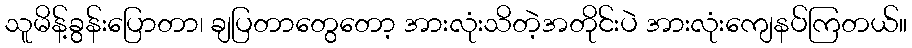
သူမိန့်ခွန်းပြောတာ၊ ချပြတာတွေတော့ အားလုံးသိတဲ့အတိုင်းပဲ အားလုံးကျေနပ်ကြတယ်။